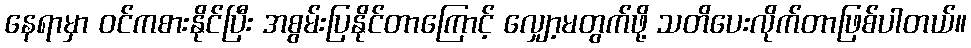
နေရာမှာ ဝင်ကစားနိုင်ပြီး အစွမ်းပြနိုင်တာကြောင့် လျှော့မတွက်ဖို့ သတိပေးလိုက်တာဖြစ်ပါတယ်။